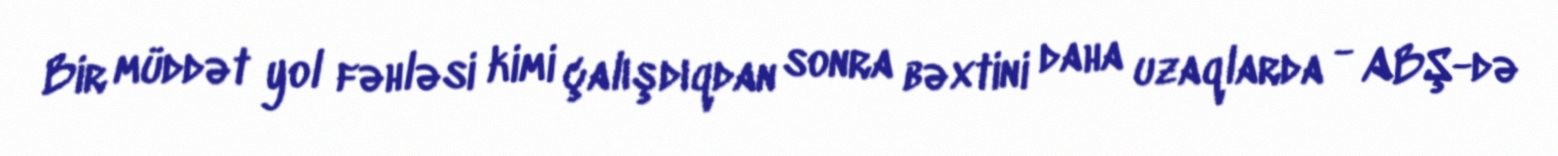
Bir müddət yol fəhləsi kimi çalışdıqdan sonra bəxtini daha uzaqlarda - ABŞ-də